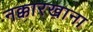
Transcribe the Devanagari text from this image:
नक्कारखाना